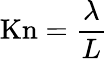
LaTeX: \mathrm{Kn}={\frac{\lambda}{L}}